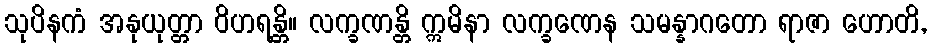
သုပိနကံ အနုယုတ္တာ ဝိဟရန္တိ။ လက္ခဏန္တိ ဣမိနာ လက္ခဏေန သမန္နာဂတော ရာဇာ ဟောတိ,